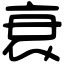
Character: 衰